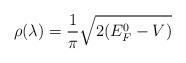
LaTeX: \begin{align*}\rho (\lambda) = \frac{1}{\pi} \sqrt{2(E_{F}^{0} - V )}\end{align*}